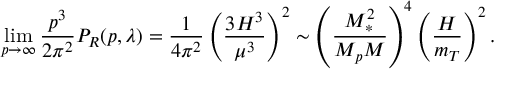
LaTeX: \operatorname * { l i m } _ { p \to \infty } \frac { p ^ { 3 } } { 2 \pi ^ { 2 } } P _ { { \cal R } } ( p , \lambda ) = \frac { 1 } { 4 \pi ^ { 2 } } \left( \frac { 3 H ^ { 3 } } { \mu ^ { 3 } } \right) ^ { 2 } \sim \left( \frac { M _ { \ast } ^ { 2 } } { M _ { p } M } \right) ^ { 4 } \left( \frac { H } { m _ { T } } \right) ^ { 2 } .